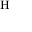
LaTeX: { } ^ { \mathrm { H } }